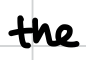
Text: the
Cross-out: clean
Writing tool: digital_black